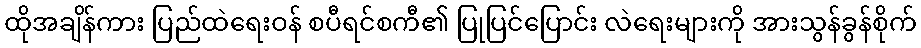
ထိုအချိန်ကား ပြည်ထဲရေးဝန် စပီရင်စကီ၏ ပြုပြင်ပြောင်း လဲရေးများကို အားသွန်ခွန်စိုက်